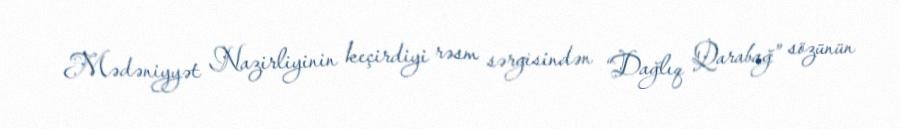
Mədəniyyət Nazirliyinin keçirdiyi rəsm sərgisindən “Dağlıq Qarabağ” sözünün